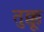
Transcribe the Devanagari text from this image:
तुक्कू